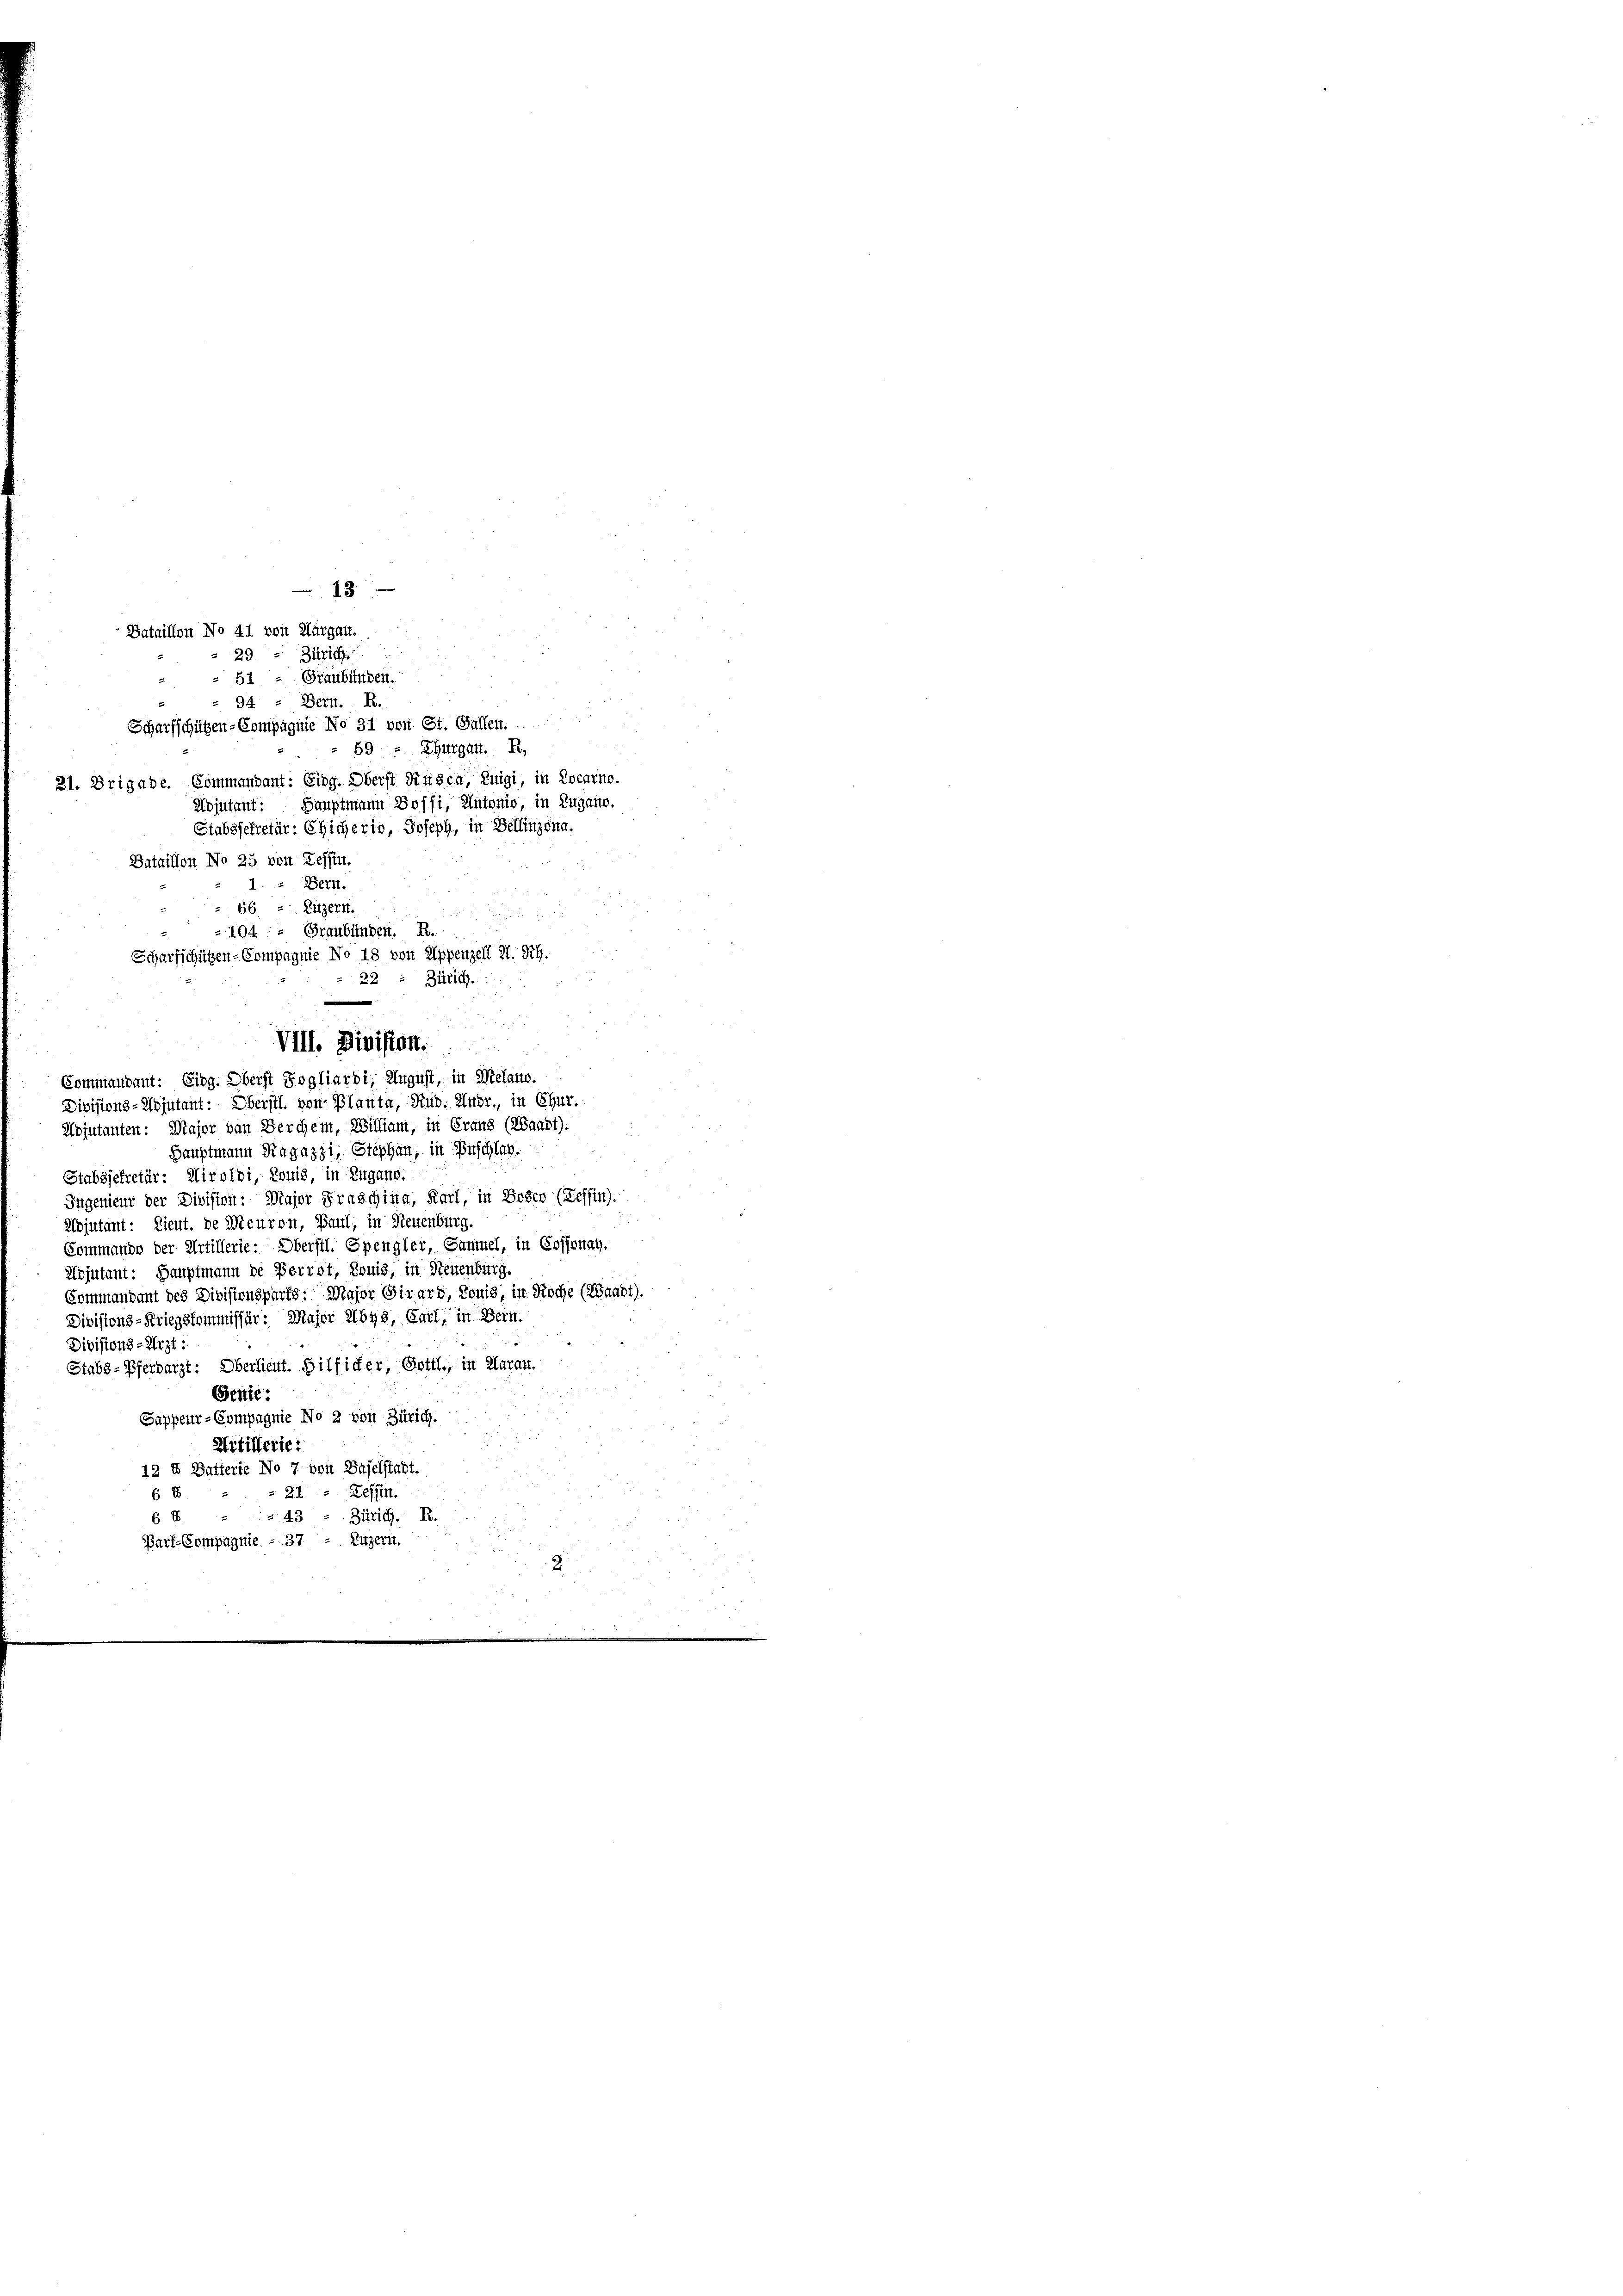
Hauptmann Ragazzi, Stephan, in Buschlag.
Stabssekretär: Airoldi, Tonis, in Zugano.
Ingenieur der Division: Major Fraschina, Karl, in Boser (Tessin).
Adjutant: Lieut. de Meuron, Paul, in Neuenburg.
Commando der Artillerie. Oberstl. Spengler, Sammel, in Cossonay,
Kojutant: Hauptmann de Perrot, Tonis, in Neuenburg.
Commandant des Divisionsparts: Major Girard, konis, in Koche (Waadt).
Divisions-Kriegskommissär: Major Abys, Carl, in Bern.
Divisions-Arzt :
Stabs-Pferdarzt: Oberlieut. Hilficher, Gottl., in Klaran.
Genie:
Sappeur-Compagnie No 2 von Zürich.
Artillerie:
12 X Batterie No 7 von Baselstadt.
21. Tessin.
6 E
6 8 " " 43 - Zitrich. R.
Parf-Compagnie - 37. — Luzern.
2

18
Bataillon No 41 von Aargau.
29.  Zitrich
.
51 - Graubünden.
94 - Bern. R.
Scharfschützen-Compagnie No 31 von St. Gallen.
59 - Thurgau. R.

21. Brigade. Commandant: Eing. Oberst Rusca, Luigi, in Locarno.
Bataillon No 25 von Zessin.
 Bern.
66 u. Luzern.

VIII. Division.
Commandant: Eing. Oberst Sogliardi, August, in Melano.
Divisions-Nojutant: Oberstl. von Planta, Rud. Andr., in Chur.
Wojutanten: Major van Berchen, William, in Graus (Waadt).

-104. Graubünden. R.
Scharfschützen-Compagnie No 18 von Appenzell I. Rh.
 22 " Zürich.

Wojutant: Hauptmann Bossi, Antonio, in Zugano.
Stabssekretär: Eicheris, Joseph, in Bellinzona.